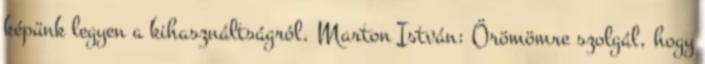
képünk legyen a kihasználtságról. Marton István: Örömömre szolgál, hogy